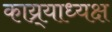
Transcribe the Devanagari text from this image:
काय्र्याध्यक्ष